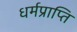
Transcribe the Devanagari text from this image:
धर्मप्राप्ति